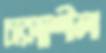
চারম্নশীলা